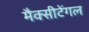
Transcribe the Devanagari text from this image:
मैक्‍सीटेंगल